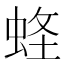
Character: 𧋮